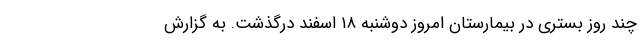
چند روز بستری در بیمارستان امروز دوشنبه ۱۸ اسفند درگذشت. به گزارش